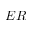
E R